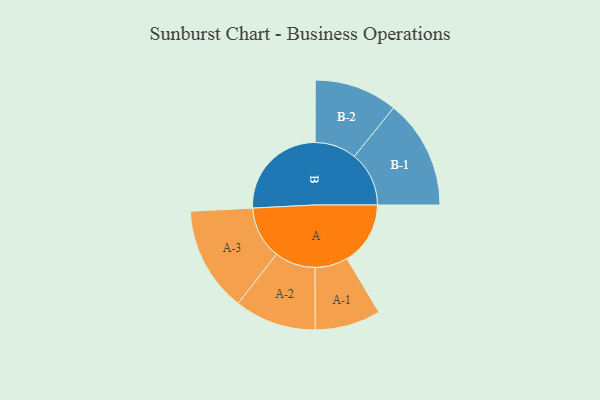
{"axis": {"x": "Segment", "y": "Value"}, "legend": ["", "A", "B"], "data": [{"x": "A", "y": 247, "type": ""}, {"x": "B", "y": 388, "type": ""}, {"x": "A-1", "y": 128, "type": "A"}, {"x": "A-2", "y": 159, "type": "A"}, {"x": "A-3", "y": 205, "type": "A"}, {"x": "B-1", "y": 213, "type": "B"}, {"x": "B-2", "y": 162, "type": "B"}]}